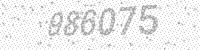
Solution: 986075